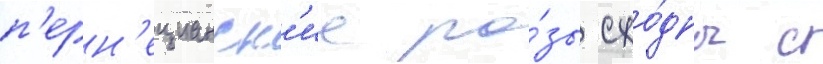
п'ерн'ецианск'ие ро́зы схо́дны с